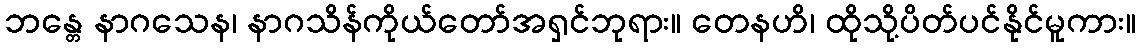
ဘန္တေ နာဂသေန၊ နာဂသိန်ကိုယ်တော်အရှင်ဘုရား။ တေနဟိ၊ ထိုသို့ပိတ်ပင်နိုင်မူကား။